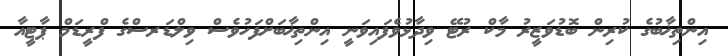
އިންތިޚާބުގެ ކުރިން ބޮޑުވަޒީރު މާކް ރުޓޭ ވިދާޅުވެފައިވަނީ އިންތިޚާބަށްފަހުވެސް ވިލްޑަރސްގެ ފްރީޑަމް ޕާޓީއާ